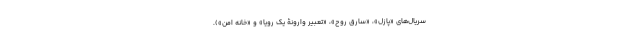
سریال‌های «پازل»، «سارق روح»، «تعبیر وارونۀ یک رویا» و «خانه امن»).